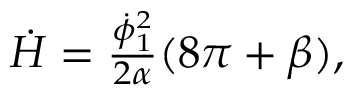
\begin{array} { r } { \dot { H } = \frac { { \dot { \phi } } _ { 1 } ^ { 2 } } { 2 \alpha } ( 8 \pi + \beta ) , } \end{array}